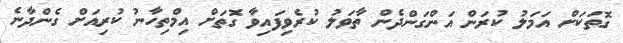
ގޮތަކަށް އަމަލު ކުރަން އަންގަންދެން ތާވަލު ކުރެވިފައިވާ ގޮތަށް އިމްތިހާނު ކުރިއަށް ގެންދާނެ